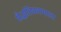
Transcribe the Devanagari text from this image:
सैद्धांतिकरणाला